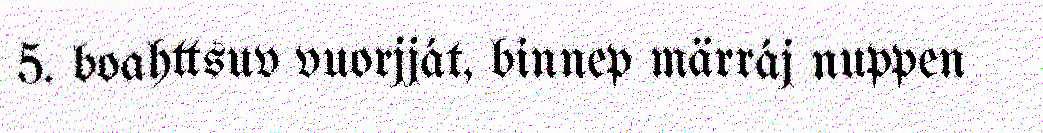
5. boahttsuv vuorjját, binnep märráj nuppen